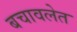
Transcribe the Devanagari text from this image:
बचावलेत